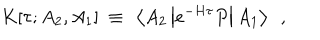
K [ \tau ; A _ { 2 } , A _ { 1 } ] ~ \equiv ~ \left< A _ { 2 } \left| e ^ { - H \tau } P \right| A _ { 1 } \right> ~ ~ ,